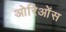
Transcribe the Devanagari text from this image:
ओरिओंस